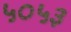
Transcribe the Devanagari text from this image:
५०५३